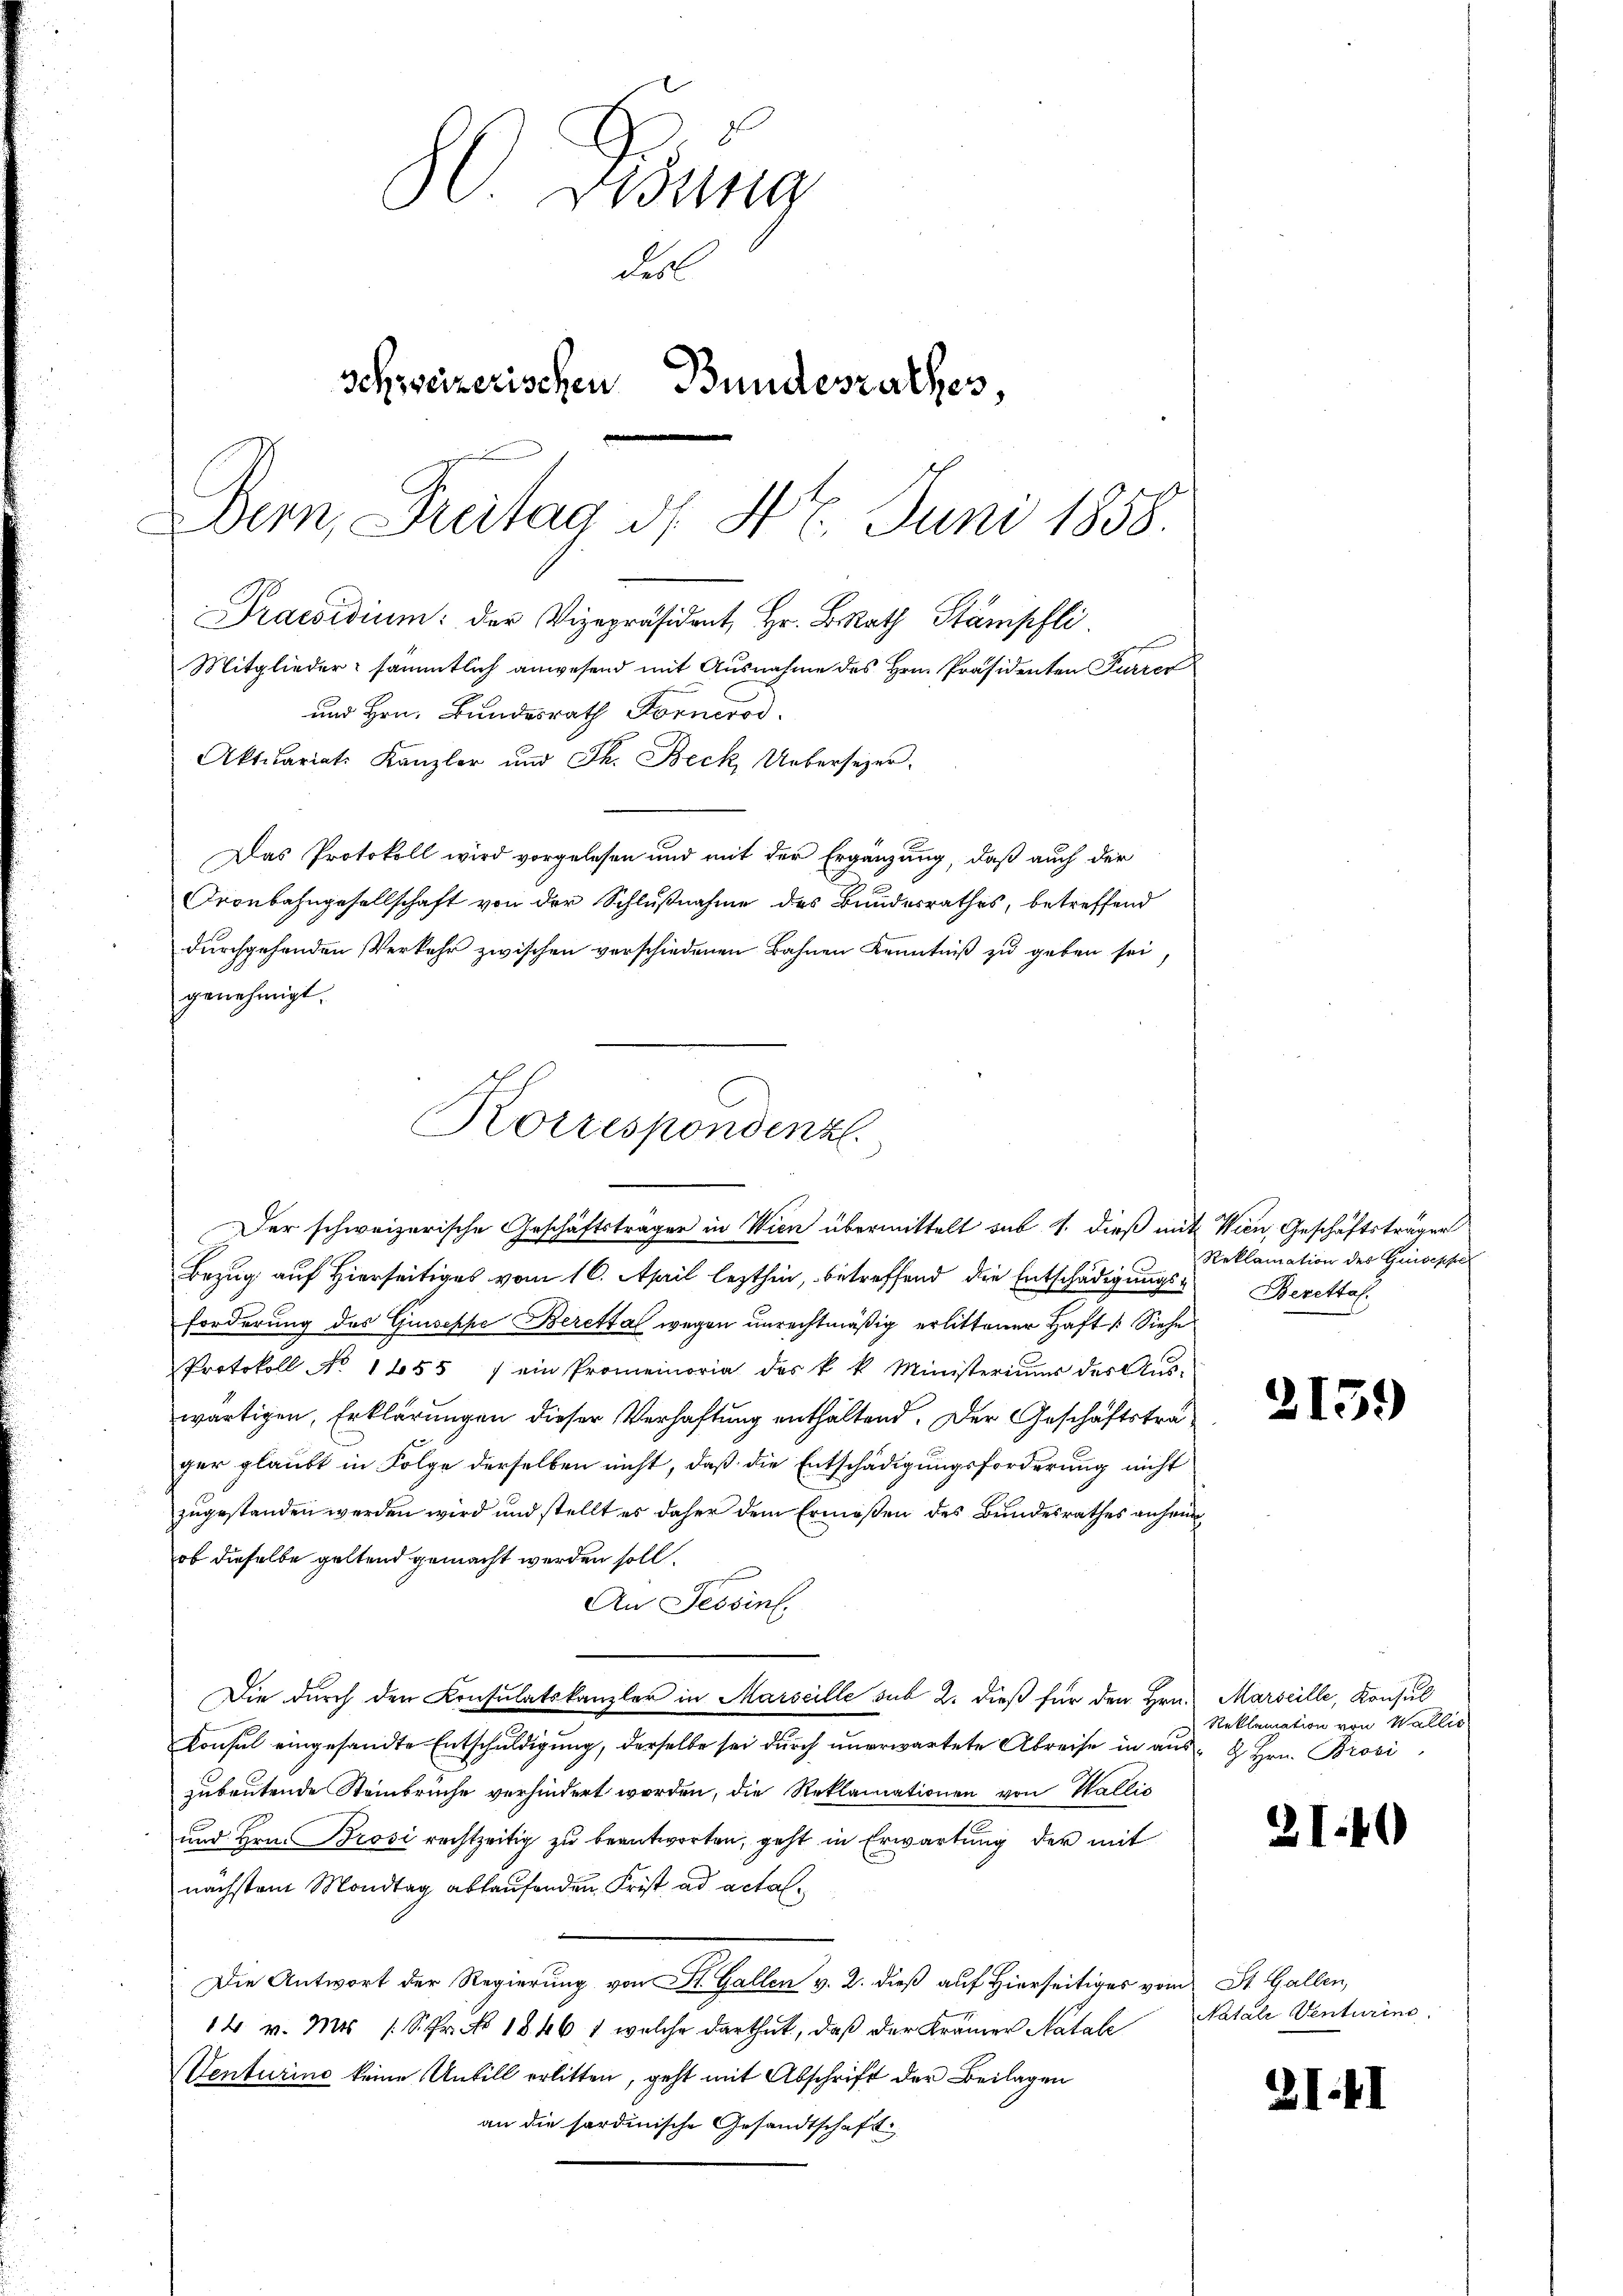
Bsung
des
schweizerischen Bundesrathes,
Bern, Freitag d. 17. Juni 1858.
Praesidium: der Vizepräsident Hr. BRath Stämpfli
Mitglieder sämmtlich anwesend mit Ausnahme des Hrn. Präsidenten Furrer
und Hrn. Bundesrath Forneros
Aktuariats Kanzler und Th. Beck Uebersezer.
Das Protokoll wird vorgelesen und mit der Ergänzung, daß auch der
ronbahngesellschaft von der Schlußnahme des Bundesrathes, betreffend
durchgehenden Verkehr zwischen verschiedenen Bahnen Kenntniß zu geben sei,

genehmigt.

Korrespondenz.
Der schweizerische Geschäftsträger in Wien übermittelt sub 1. dieß mit Wien, Geschäftsträger

Bezug auf Hierseitiges vom 16. April lezthin, betreffend die Entschädigungs-Beretto.
forderung des Giuseppe Berettal wegen unrechtmäßig erlittener Haft (Siehe
Protokoll No 1655 / ein Promemoria des k. k. Ministeriums des Aŭs-
wärtigen, Erklärungen dieser Verhaftung enthaltend. Der Geschäftsträger glaubt in Folge derselben nicht, daß die Entschädigungsforderung nicht
zugestanden werden wird und stellt es daher dem Ermeßen des Bundesrathes anheim
ob dieselbe geltend gemacht werden soll.
An Tessin.
Die durch den Konsulatskanzler in Marseille sub 2. dieß für den Hrn. Marseille, Konsul
Konsul eingesandte Entschuldigung, derselbe sei durch unerwartete Abreise in aus- & Hrn. Brosi
zubautende Steinbrüche verhindert worden, die Reklamationen von Wallis
und Hrn. Brosi rechtzeitig zu beantworten, geht in Erwartung der mit
nächstem Mondtag ablaufenden Frist ad actal¬
Die Antwort der Regierung von St. Gallen v. 2. dieß auf Hierseitiger vom St. Gallen,
14 v. Mts (S. r. No 18461 welche darthut, daß der Krämer Natale
SVenturine keine Unbill erlitten, geht mit Abschrift der Beilagen
an die fordinische Gesandtschaft

Reklamation des Giuseppe

2159

Reklamation von Wallis

31.40

Natale Venturine

2I. II